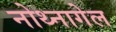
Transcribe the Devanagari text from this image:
नोथ्नागेल